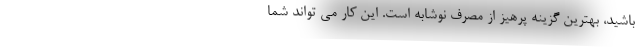
باشید، بهترین گزینه پرهیز از مصرف نوشابه است. این کار می تواند شما